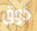
ذوق